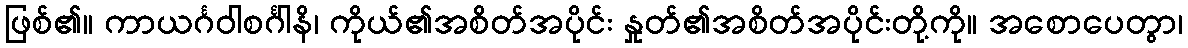
ဖြစ်၏။ ကာယင်္ဂဝါစင်္ဂါနိ၊ ကိုယ်၏အစိတ်အပိုင်း နှုတ်၏အစိတ်အပိုင်းတို့ကို။ အစောပေတွာ၊